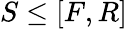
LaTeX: S\leq[F,R]